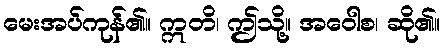
မေးအပ်ကုန်၏။ ဣတိ၊ ဤသို့။ အဝေါစ၊ ဆို၏။